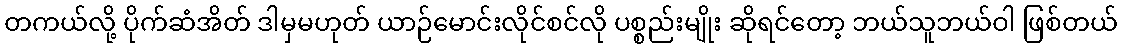
တကယ်လို့ ပိုက်ဆံအိတ် ဒါမှမဟုတ် ယာဉ်မောင်းလိုင်စင်လို ပစ္စည်းမျိုး ဆိုရင်တော့ ဘယ်သူဘယ်ဝါ ဖြစ်တယ်